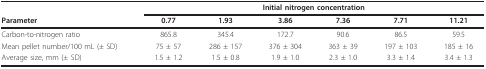
<table><thead><tr><td></td><td colspan="6"><b>Initial nitrogen concentration</b></td></tr><tr><td><b>Parameter</b></td><td><b>0.77</b></td><td><b>1.93</b></td><td><b>3.86</b></td><td><b>7.36</b></td><td><b>7.71</b></td><td><b>11.21</b></td></tr></thead><tbody><tr><td>Carbon-to-nitrogen ratio</td><td>865.8</td><td>345.4</td><td>172.7</td><td>90.6</td><td>86.5</td><td>59.5</td></tr><tr><td>Mean pellet number/100 mL (± SD)</td><td>75 ± 57</td><td>286 ± 157</td><td>376 ± 304</td><td>363 ± 39</td><td>197 ± 103</td><td>185 ± 16</td></tr><tr><td>Average size, mm (± SD)</td><td>1.5 ± 1.2</td><td>1.5 ± 0.8</td><td>1.9 ± 1.0</td><td>2.3 ± 1.0</td><td>3.3 ± 1.4</td><td>3.4 ± 1.3</td></tr></tbody></table>